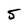
Character: 5